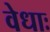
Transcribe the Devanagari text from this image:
वेधाः